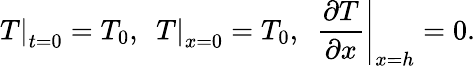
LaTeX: {\left.T\right|_{t=0}}={T_{0}},~~{\left.T\right|_{x=0}}={T_{0}},~~{\left.{\frac{{\partial T}}{{\partial x}}}\right|_{x=h}}=0.